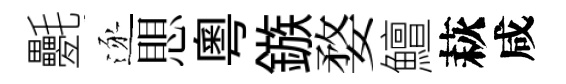
氎逐愳粤鏃婺鱣萩咸